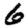
Digit: 6